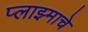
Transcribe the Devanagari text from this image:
प्लाझ्माचे